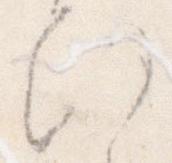
ひ